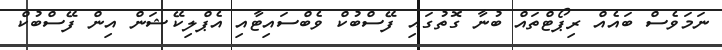
ނަމަވެސް ބައެއް ރިޕޯޓްތައް ބުނާ ގޮތުގައި ފޭސްބުކް ވެބްސައިޓާއި އެޕްލިކޭޝަން އިން ފޭސްބުކް